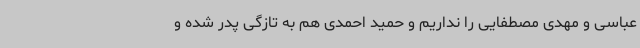
عباسی و مهدی مصطفایی را نداریم و حمید احمدی هم به تازگی پدر شده و